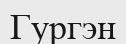
Гургэн